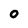
Character: O